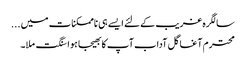
سالگرہ غریب کےلئے ایسے ہی ناممکنات میں ...
محترم آغا گل آداب آپ کا بھیجا ہوا سنگت ملا۔